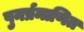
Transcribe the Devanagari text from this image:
पुनर्प्रमाणित